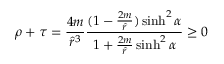
\rho + \tau = \frac { 4 m } { { \hat { r } } ^ { 3 } } \frac { ( 1 - \frac { 2 m } { \hat { r } } ) \sinh ^ { 2 } \alpha } { 1 + \frac { 2 m } { \hat { r } } \sinh ^ { 2 } \alpha } \ge 0